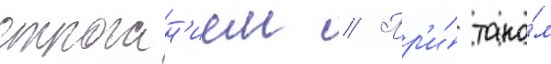
строган'ием // Пр'и́ тако́м